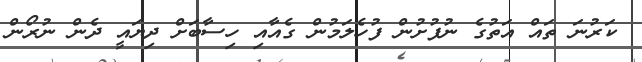
ކަރުނަ ތައް އަތުގެ ނުފުށުން ފުހެލަމުން ގެއާއި ހިސާބަށް ދިޔައީ ދެން ނުރޯން